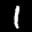
Label: 1